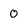
Character: 0